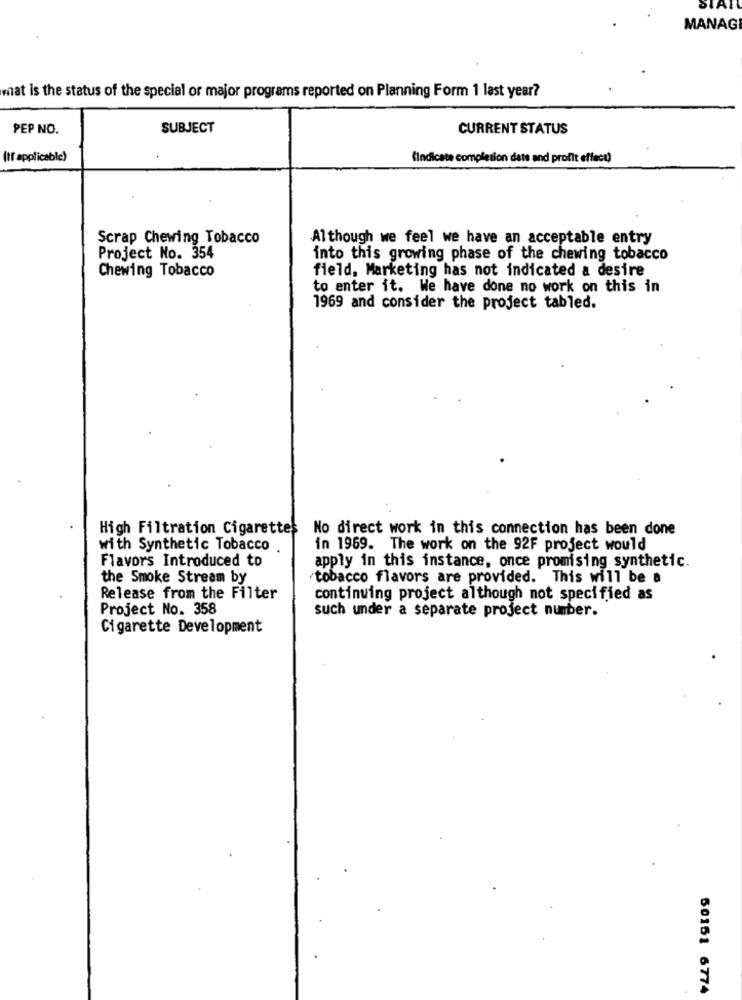
MANAG
what is the status of the special or major programs reported on Planning Form 1 last year?
PEP NO.
SUBJECT
CURRENT STATUS
(tf applicable)
(indicate completion date and profit effect)
Scrap Chewing Tobacco
Although we feel we have an acceptable entry
Project No. 354
into this growing phase of the chewing tobacco
Chewing Tobacco
field, Marketing has not indicated a desire
to enter it. We have done no work on this in
1969 and consider the project tabled.
High Filtration Cigarettes
No direct work in this connection has been done
with Synthetic Tobacco
in 1969. The work on the 92F project would
Flavors Introduced to
apply in this instance, once promising synthetic.
the Smoke Stream by
tobacco flavors are provided. This will be a
Release from the Filter
continuing project although not specified as
Project No. 358
such under a separate project number.
Cigarette Development
50151 6774